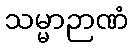
သမ္မာဉာဏံ